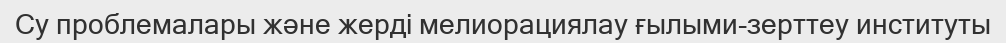
Су проблемалары және жерді мелиорациялау ғылыми-зерттеу институты